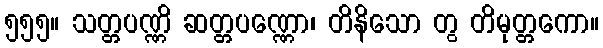
၅၅၅။ သတ္တပဏ္ဏိ ဆတ္တပဏ္ဏော၊ တိနိသော တွ တိမုတ္တကော။